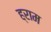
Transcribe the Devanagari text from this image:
ह्राम